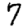
Digit: 7